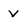
Character: v